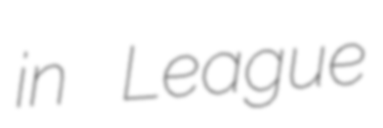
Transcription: in League